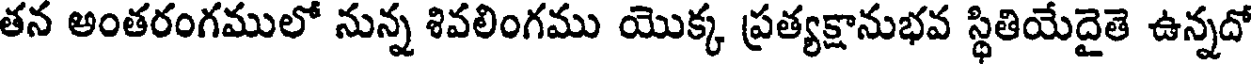
తన అంతరంగములో నున్న శివలింగము యొక్క ప్రత్యక్షానుభవ స్థితియేదైతె ఉన్నదో